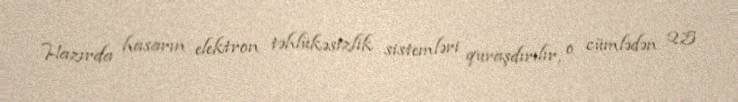
Hazırda hasarın elektron təhlükəsizlik sistemləri quraşdırılır, o cümlədən 2,5